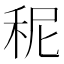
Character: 秜